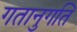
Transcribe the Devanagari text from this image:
गतानुगति